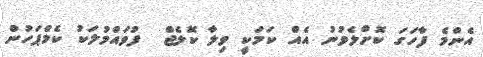
އެންމެ ފާހަގަ ކޮށްލެވުނު އެއް ކަމަކީ ވިލާ ކޮލެޖް  ފުވައްމުލަކު ކެމްޕަހުން